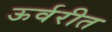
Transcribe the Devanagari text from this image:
ऊर्वरीत